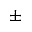
\pm